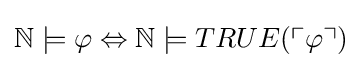
\mathbb {N} \models \varphi \Leftrightarrow \mathbb {N} \models TRUE(\ulcorner \varphi \urcorner )